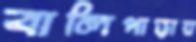
বালিপাড়ায়